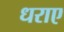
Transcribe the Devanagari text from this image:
धराए